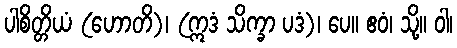
ပါစိတ္တိယံ (ဟောတိ)၊ (ဣဒံ သိက္ခာ ပဒံ)၊ ပေ။ ဧဝံ၊ သို့။ ဝါ၊